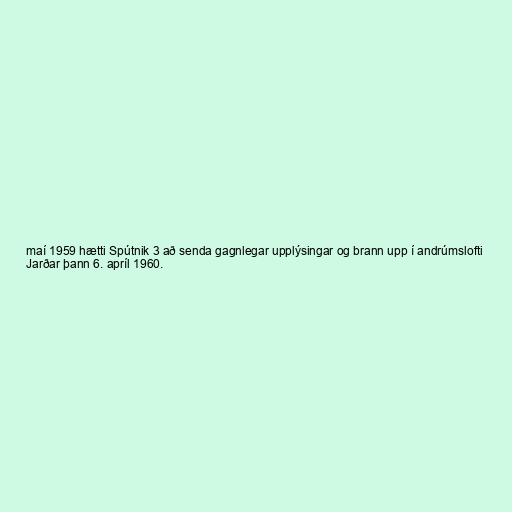
maí 1959 hætti Spútnik 3 að senda gagnlegar upplýsingar og brann upp í andrúmslofti
Jarðar þann 6. apríl 1960.